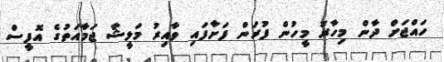
ހައްޖަށް ދާން މިހާރު މީހުން ފުރަން ފަށާފައި ވާއިރު މަލީޝާ ޖަމާއަތުގެ އޮފީސް